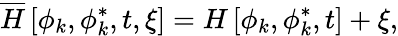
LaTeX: \overline{{H}}\left[\phi_{k},\phi_{k}^{*},t,\xi\right]=H\left[\phi_{k},\phi_{k}^{*},t\right]+\xi,